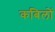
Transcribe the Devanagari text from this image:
कबिलों